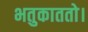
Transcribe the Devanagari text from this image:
भतुकाततो।